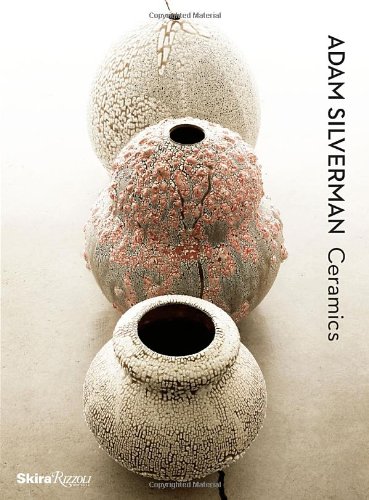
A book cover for Adam Silverman Ceramics; Lisa Gabrielle Mark; Crafts, Hobbies & Home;